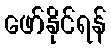
ဖော်နိုင်ရန်